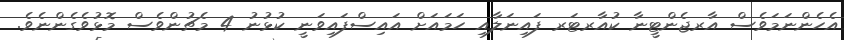
އެހެންނަމަވެސް އާރޖެންޓީނާ ކުއާރޓަރ ފައިނަލާއި ހަމައަށް އައިސްފައިވަނީ ކުޅުނު 4 މެޗުންވެސް މޮޅުވެގެންނެވެ.